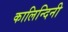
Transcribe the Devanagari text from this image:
कालिन्दिनी